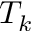
T _ { k }